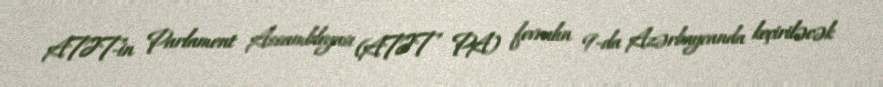
ATƏT-in Parlament Assambleyası (ATƏT PA) fevralın 9-da Azərbaycanda keçiriləcək